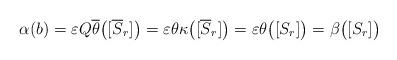
LaTeX: \begin{align*} \alpha( b ) = \varepsilon Q \overline{ \theta } \big( [ \overline{ S }_r ] \big) = \varepsilon \theta \kappa \big( [ \overline{ S }_r ] \big) = \varepsilon \theta \big( [ S_r ] \big) = \beta \big( [ S_r ] \big)\end{align*}